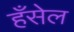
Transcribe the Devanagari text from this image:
हँसेल